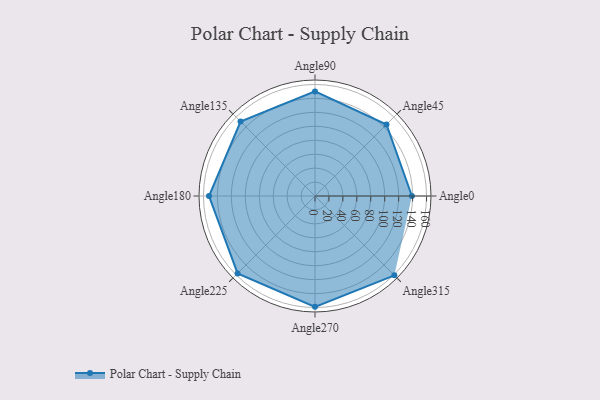
{"axis": {"x": "Angle", "y": "Radius"}, "legend": [""], "data": [{"x": "Angle0", "y": 139.0, "type": ""}, {"x": "Angle45", "y": 145.0, "type": ""}, {"x": "Angle90", "y": 150.0, "type": ""}, {"x": "Angle135", "y": 151.0, "type": ""}, {"x": "Angle180", "y": 152.0, "type": ""}, {"x": "Angle225", "y": 157.0, "type": ""}, {"x": "Angle270", "y": 159.0, "type": ""}, {"x": "Angle315", "y": 161.0, "type": ""}]}